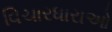
વિચારધારાઓ